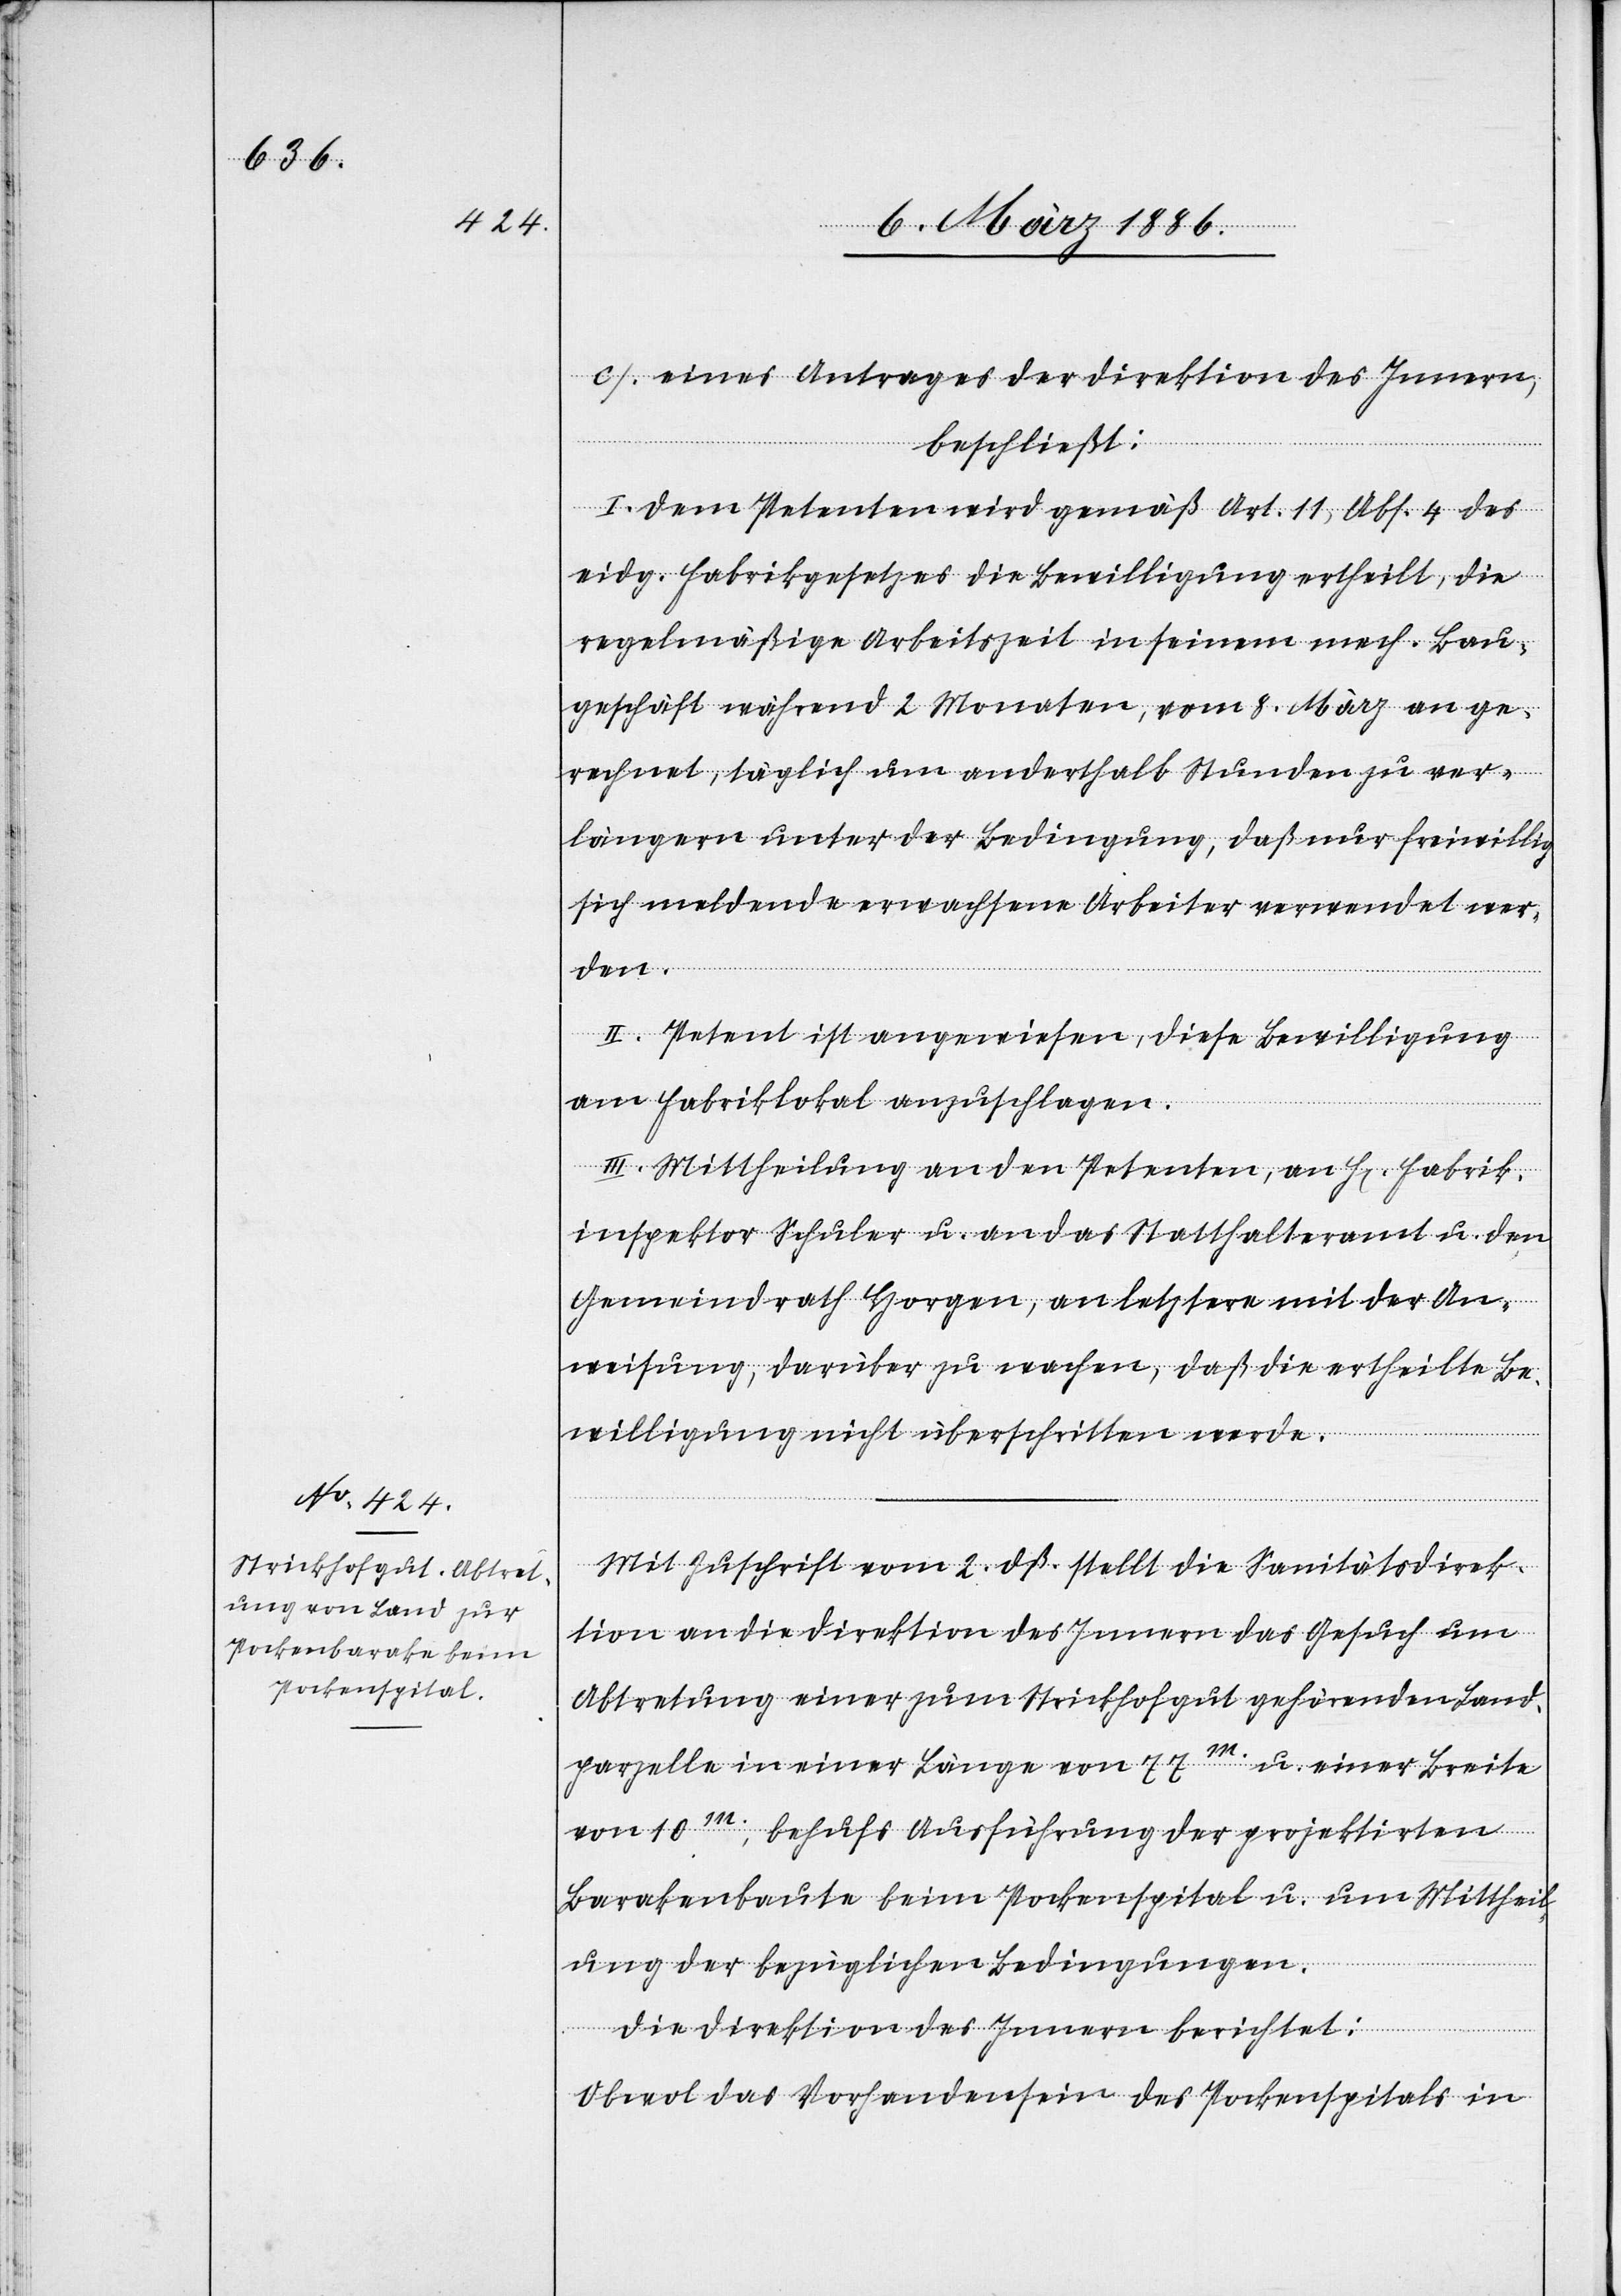
den.

c) eines Antrages der Direktion des Innern,
beschließt:
I. Dem Petenten wird gemäß Art. 11, Abs. 4 des
eidg. Fabrikgesetzes die Bewilligung ertheilt, die
regelmäßige Arbeitszeit in seinem mech. Bau¬
geschäft während 2 Monaten, vom 8. März an ge¬
rechnet, täglich um anderthalb Stunden zu ver¬
längern unter der Bedingung, daß nur freiwillig
sich meldende erwachsene Arbeiter verwendet wer¬
II. Petent ist angewiesen, diese Bewilligung
am Fabriklokal anzuschlagen.
III. Mittheilung an den Petenten, an H[errn] Fabrik¬
inspektor Schuler u. an das Statthalteramt u. den
Gemeindrath Horgen, an letztern mit der An¬
weisung, darüber zu wachen, daß die ertheilte Be¬
willigung nicht überschritten werde.
Mit Zuschrift vom 2. dß. stellt die Sanitätsdirek¬
tion an die Direktion des Innern das Gesuch um
Abtretung einer zum Strickhofgut gehörenden Land¬
parzelle in einer Länge von 77m. u. einer Breite
von 10m., behufs Ausführung der projektirten
Barakenbaute beim Pockenspital u. um Mittheil¬
ung der bezüglichen Bedingungen.
Die Direktion des Innern berichtet:
Obwol das Vorhandensein des Pockenspitals in